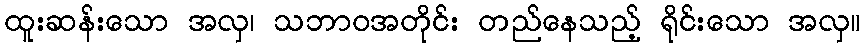
ထူးဆန်းသော အလှ၊ သဘာဝအတိုင်း တည်နေသည့် ရိုင်းသော အလှ။